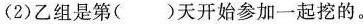
(2)乙组是第()天开始参加一起挖的。